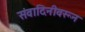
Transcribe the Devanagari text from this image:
संवादिनीवरून